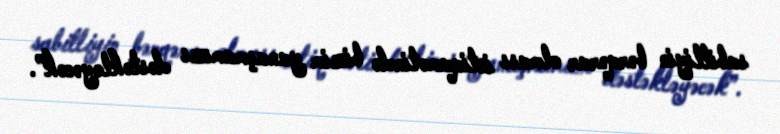
sabitliyin bərqərar olması istiqamətində bizim yanaşmamızı dəstəkləyəcək”.